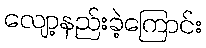
လျော့နည်းခဲ့ကြောင်း